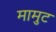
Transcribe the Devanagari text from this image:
मामुट